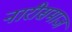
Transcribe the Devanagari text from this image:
नारीसमाज